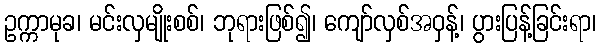
ဥက္ကာမုခ၊ မင်းလှမျိုးစစ်၊ ဘုရားဖြစ်၍၊ ကျော်လှစ်အဝှန့်၊ ပွားပြန့်ခြင်းရာ၊